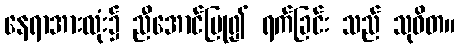
နေရာအားလုံး၌ ညီအောင်ပြု၍ ရက်ခြင်း သည် သုဝိတ။